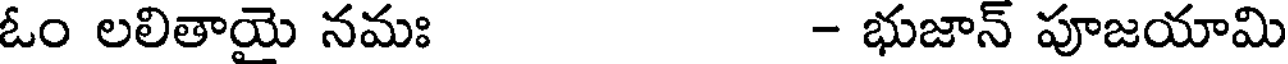
ఓం లలితాయై నమః - భుజాన్ పూజయామి